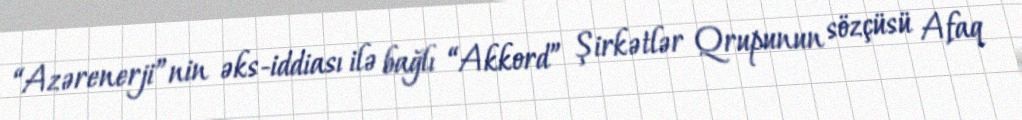
“Azərenerji”nin əks-iddiası ilə bağlı “Akkord” Şirkətlər Qrupunun sözçüsü Afaq